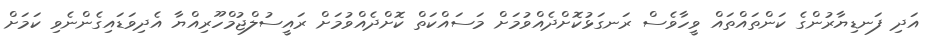
އަދި ފަނޑިޔާރުންގެ ކަންތައްތައް ވީހާވެސް ރަނގަޅުކޮށްދެއްވުމަށް މަސައްކަތް ކޮށްދެއްވުމަށް ރައީސުލްޖުމްހޫރިއްޔާ އެދިވަޑައިގެންނެވި ކަމަށް